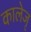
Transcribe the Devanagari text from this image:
कालेजृ